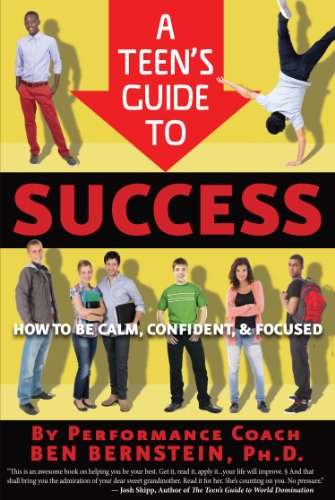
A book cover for A Teen's Guide to Success: How to Be Calm, Confident, Focused; Ben Bernstein; Teen & Young Adult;